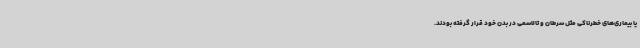
یا بیماری‌های خطرناکی مثل سرطان و تالاسمی در بدن خود قرار گرفته بودند.